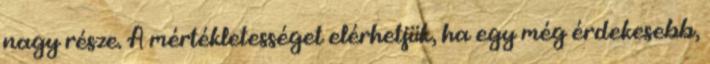
nagy része. A mértékletességet elérhetjük, ha egy még érdekesebb,